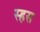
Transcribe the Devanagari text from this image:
स्हस